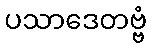
ပသာဒေတဗ္ဗံ